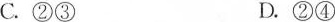
C.②③ D.②④